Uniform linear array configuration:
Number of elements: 48
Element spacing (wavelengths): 0.25
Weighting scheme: cosine
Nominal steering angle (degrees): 45
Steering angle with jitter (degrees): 46.765
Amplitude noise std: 0.05
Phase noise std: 0.05

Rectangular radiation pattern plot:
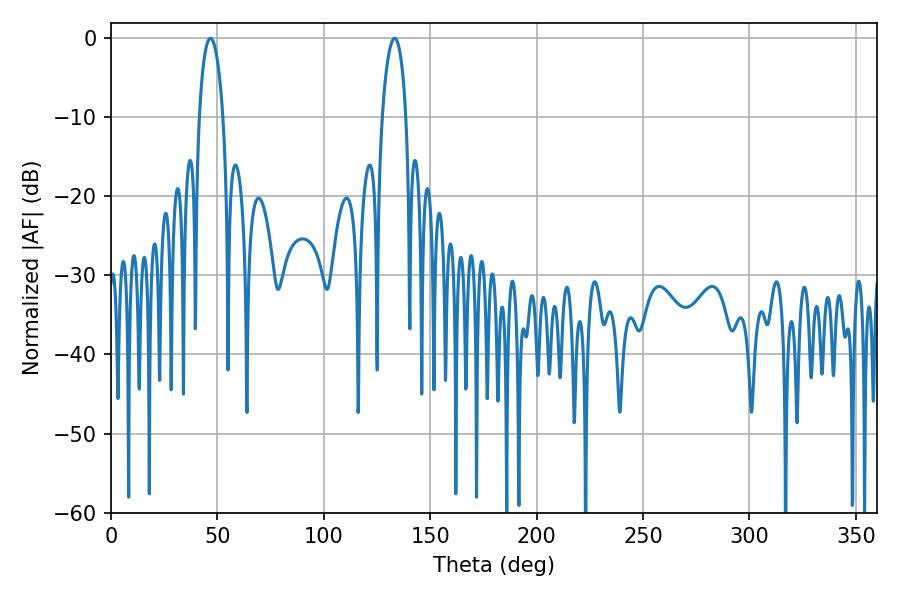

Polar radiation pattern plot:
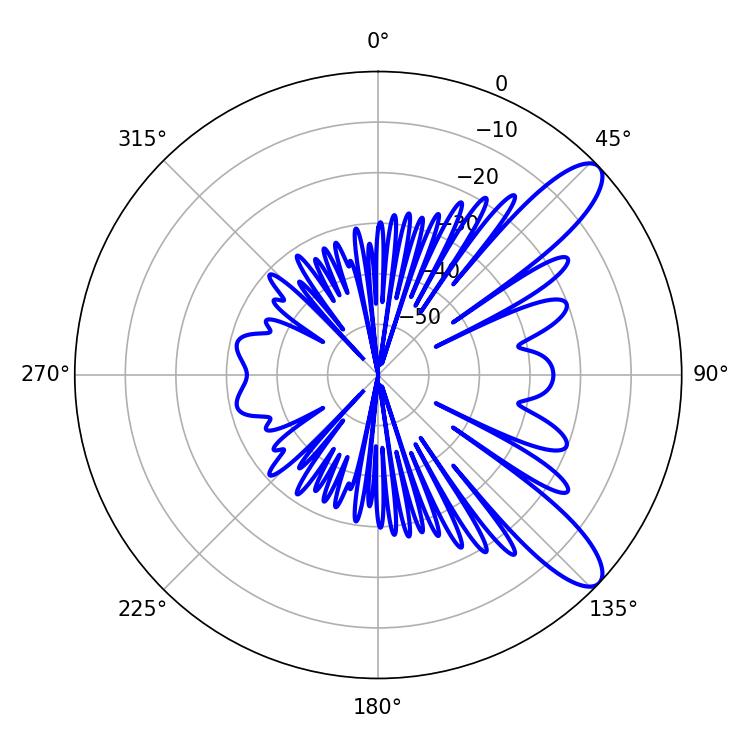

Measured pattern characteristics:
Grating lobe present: FALSE
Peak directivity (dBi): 10.485
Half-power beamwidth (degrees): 6.3
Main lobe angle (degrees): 46.8